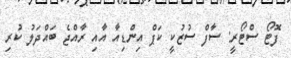
ފޮޓޯ ސްޓޯރީ: ސާފް ސުޒުކީ ކަޕް އިންޑިއާ އާއި ރާއްޖެ ބައްދަލު ކުރި